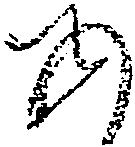
あ